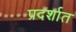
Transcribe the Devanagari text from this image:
प्रदर्शात